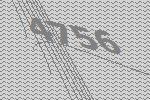
4756